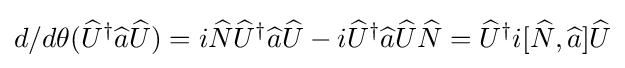
d/d\theta ({\widehat {U}}^{\dagger }{\widehat {a}}{\widehat {U}})=i{\widehat {N}}{\widehat {U}}^{\dagger }{\widehat {a}}{\widehat {U}}-i{\widehat {U}}^{\dagger }{\widehat {a}}{\widehat {U}}{\widehat {N}}={\widehat {U}}^{\dagger }i[{\widehat {N}},{\widehat {a}}]{\widehat {U}}